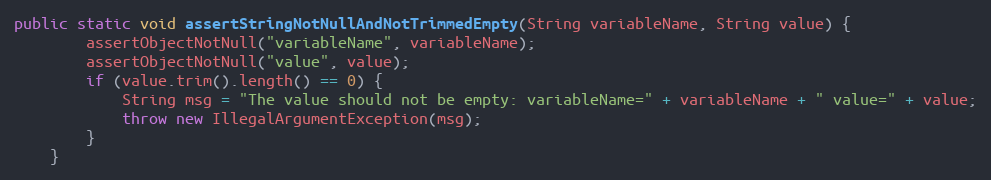
Language: Java
public static void assertStringNotNullAndNotTrimmedEmpty(String variableName, String value) {
        assertObjectNotNull("variableName", variableName);
        assertObjectNotNull("value", value);
        if (value.trim().length() == 0) {
            String msg = "The value should not be empty: variableName=" + variableName + " value=" + value;
            throw new IllegalArgumentException(msg);
        }
    }